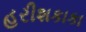
હરીશકાકા